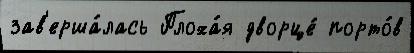
зав'ерша́лась Плоха́я дворце́ порто́в